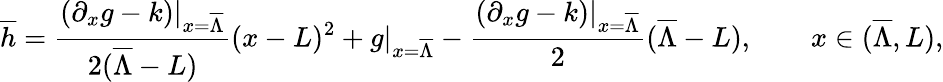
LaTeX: \overline{{h}}=\frac{(\partial_{x}g-k)|_{x=\overline{{\Lambda}}}}{2(\overline{{\Lambda}}-L)}(x-L)^{2}+g|_{x=\overline{{\Lambda}}}-\frac{(\partial_{x}g-k)|_{x=\overline{{\Lambda}}}}{2}(\overline{{\Lambda}}-L),\qquad x\in(\overline{{\Lambda}},L),